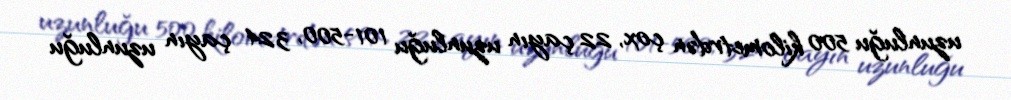
uzunluğu 500 kilometrdən çox, 22 çayın uzunluğu 101-500, 324 çayın uzunluğu